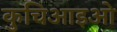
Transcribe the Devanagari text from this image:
कुचिआइओ